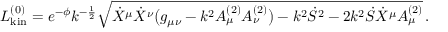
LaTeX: { \cal L } _ { \mathrm { k i n } } ^ { ( 0 ) } = e ^ { - \phi } k ^ { - { \frac { 1 } { 2 } } } \sqrt { \dot { X } ^ { \mu } \dot { X } ^ { \nu } \bigl ( g _ { \mu \nu } - k ^ { 2 } A _ { \mu } ^ { ( 2 ) } A _ { \nu } ^ { ( 2 ) } \bigr ) - k ^ { 2 } { \dot { S } } ^ { 2 } - 2 k ^ { 2 } \dot { S } { \dot { X } } ^ { \mu } A _ { \mu } ^ { ( 2 ) } } \, .